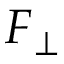
\boldsymbol { F } _ { \perp }